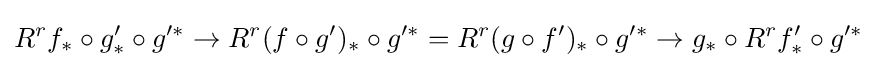
R^{r}f_{*}\circ g'_{*}\circ g'^{*}\to R^{r}(f\circ g')_{*}\circ g'^{*}=R^{r}(g\circ f')_{*}\circ g'^{*}\to g_{*}\circ R^{r}f'_{*}\circ g'^{*}